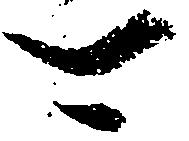
可